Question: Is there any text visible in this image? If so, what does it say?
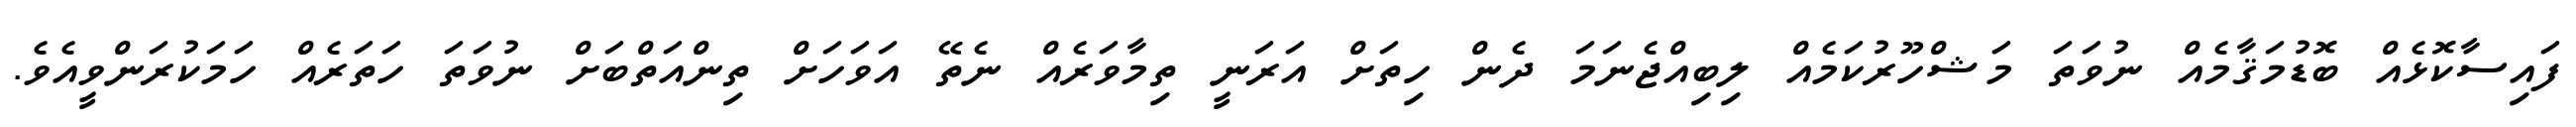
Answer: ފައިސާކޮޅެއް ބޮޑުމަޤާމެއް ނުވަތަ މަޝްހޫރުކަމެއް ލިބިއްޖެނަމަ ދެން ހިތަށް އަރަނީ ތިމާވަރެއް ނެތޭ އަވަހަށް ތިންއަތްބަށް ނުވަތަ ހަތަރެއް ހަމަކުރަންވީއެވެ.